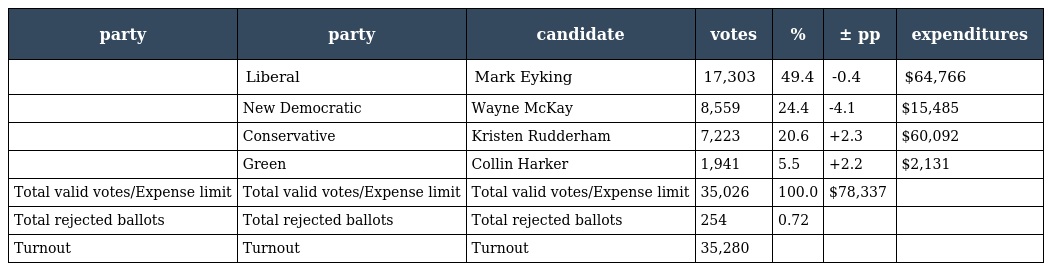
| party | party | candidate | votes | % | ± pp | expenditures |
 | --- | --- | --- | --- | --- | --- | --- |
 |  | Liberal | Mark Eyking | 17,303 | 49.4 | -0.4 | $64,766 |
 |  | New Democratic | Wayne McKay | 8,559 | 24.4 | -4.1 | $15,485 |
 |  | Conservative | Kristen Rudderham | 7,223 | 20.6 | +2.3 | $60,092 |
 |  | Green | Collin Harker | 1,941 | 5.5 | +2.2 | $2,131 |
 | Total valid votes/Expense limit | Total valid votes/Expense limit | Total valid votes/Expense limit | 35,026 | 100.0 | $78,337 |  |
 | Total rejected ballots | Total rejected ballots | Total rejected ballots | 254 | 0.72 |  |  |
 | Turnout | Turnout | Turnout | 35,280 |  |  |  |